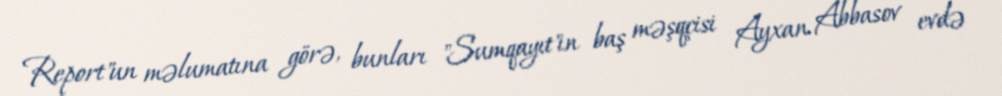
Report"un məlumatına görə, bunları "Sumqayıt"ın baş məşqçisi Ayxan Abbasov evdə